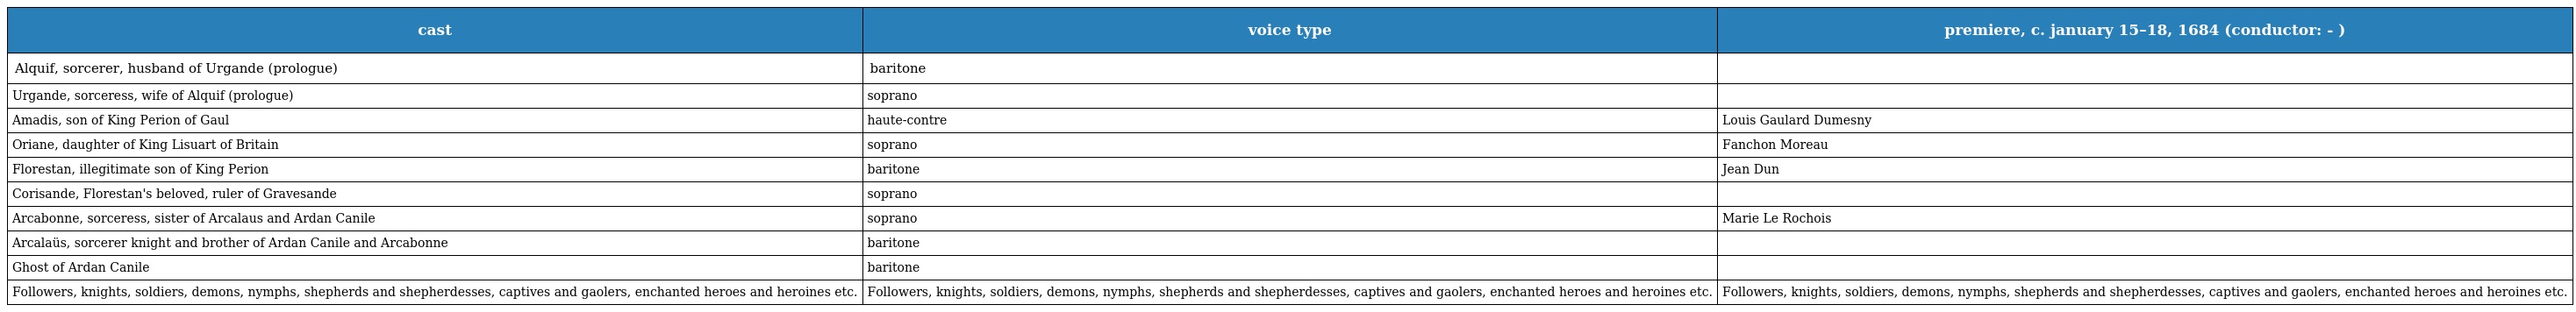
| cast | voice type | premiere, c. january 15–18, 1684 (conductor: - ) |
 | --- | --- | --- |
 | Alquif, sorcerer, husband of Urgande (prologue) | baritone |  |
 | Urgande, sorceress, wife of Alquif (prologue) | soprano |  |
 | Amadis, son of King Perion of Gaul | haute-contre | Louis Gaulard Dumesny |
 | Oriane, daughter of King Lisuart of Britain | soprano | Fanchon Moreau |
 | Florestan, illegitimate son of King Perion | baritone | Jean Dun |
 | Corisande, Florestan's beloved, ruler of Gravesande | soprano |  |
 | Arcabonne, sorceress, sister of Arcalaus and Ardan Canile | soprano | Marie Le Rochois |
 | Arcalaüs, sorcerer knight and brother of Ardan Canile and Arcabonne | baritone |  |
 | Ghost of Ardan Canile | baritone |  |
 | Followers, knights, soldiers, demons, nymphs, shepherds and shepherdesses, captives and gaolers, enchanted heroes and heroines etc. | Followers, knights, soldiers, demons, nymphs, shepherds and shepherdesses, captives and gaolers, enchanted heroes and heroines etc. | Followers, knights, soldiers, demons, nymphs, shepherds and shepherdesses, captives and gaolers, enchanted heroes and heroines etc. |